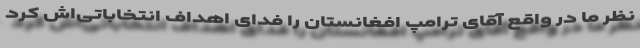
نظر ما در واقع آقای ترامپ افغانستان را فدای اهداف انتخاباتی‌اش کرد